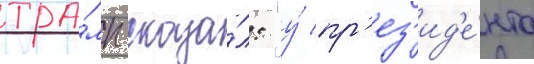
тра́мп сказа́л: "у́ пр'ез'ид'е́нта